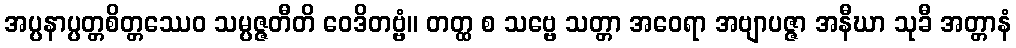
အပ္ပနာပ္ပတ္တစိတ္တဿေဝ သမ္ပဇ္ဇတီတိ ဝေဒိတဗ္ဗံ။ တတ္ထ စ သဗ္ဗေ သတ္တာ အဝေရာ အဗျာပဇ္ဇာ အနီဃာ သုခီ အတ္တာနံ